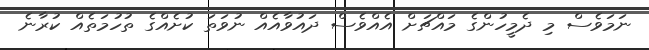
ނަމަވެސް މި ދެމީހުންގެ މައްޗަށް އެއްވެސް ދައުވާއެއް ނުވަތަ ކުށެއްގެ ތުހުމަތެއް ކުރާނެ